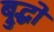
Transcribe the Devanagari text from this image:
ब्रुद्धो